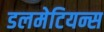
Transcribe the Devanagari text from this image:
डलमेटियन्स